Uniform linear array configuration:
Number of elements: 32
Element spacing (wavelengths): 0.25
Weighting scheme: hann
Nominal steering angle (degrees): -15
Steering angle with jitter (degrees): -16.041
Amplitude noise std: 0.05
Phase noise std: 0.05

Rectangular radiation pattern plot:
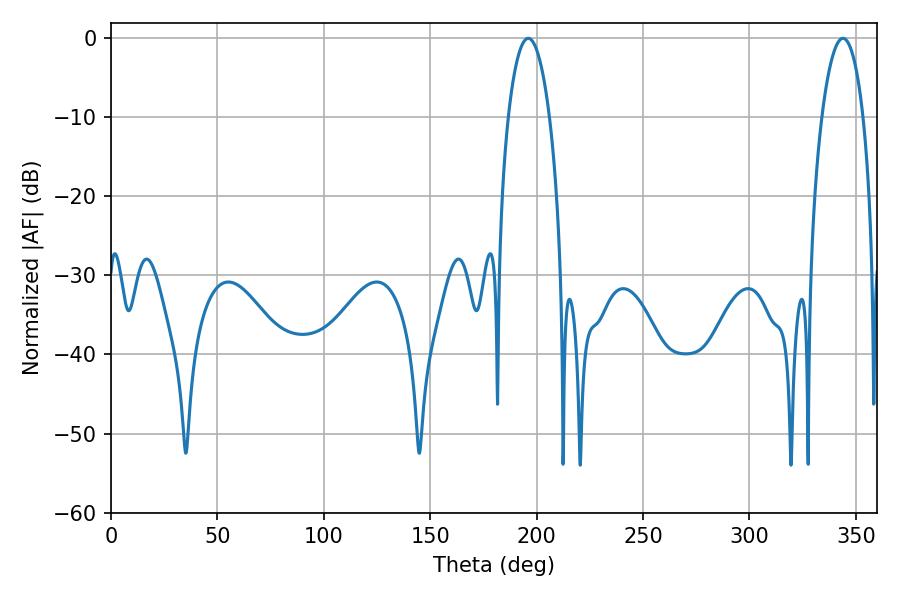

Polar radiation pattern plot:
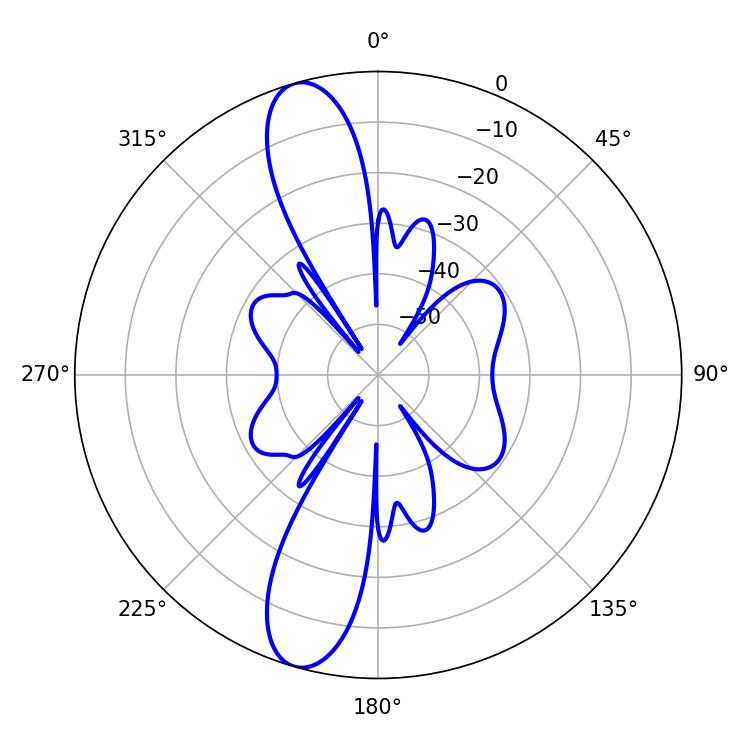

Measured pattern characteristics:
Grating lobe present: FALSE
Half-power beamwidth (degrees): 10.98
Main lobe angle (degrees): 196.02